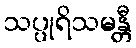
သပ္ပုရိသမန္တီ